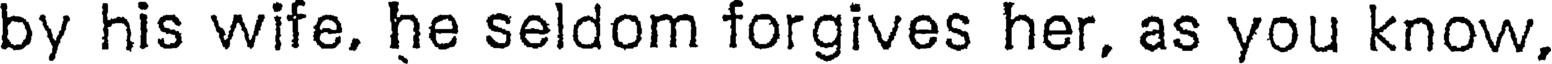
by his wife. he seldom forgives her, as you know,